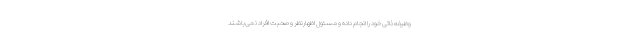
وظیفه ذاتی خود را انجام داده و مسئول اظهارنظر و صحبت افراد نمی‌باشند